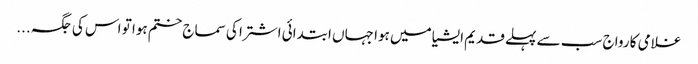
غلامی کا رواج سب سے پہلے قدیم ایشیا میں ہوا جہاں ابتدائی اشتر ا کی سماج ختم ہوا تو اس کی جگہ ...